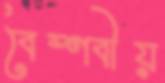
বৈষ্ণবীয়